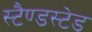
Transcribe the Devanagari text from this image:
स्टैण्डस्टेड